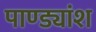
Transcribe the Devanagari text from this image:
पाण्ड्यांश